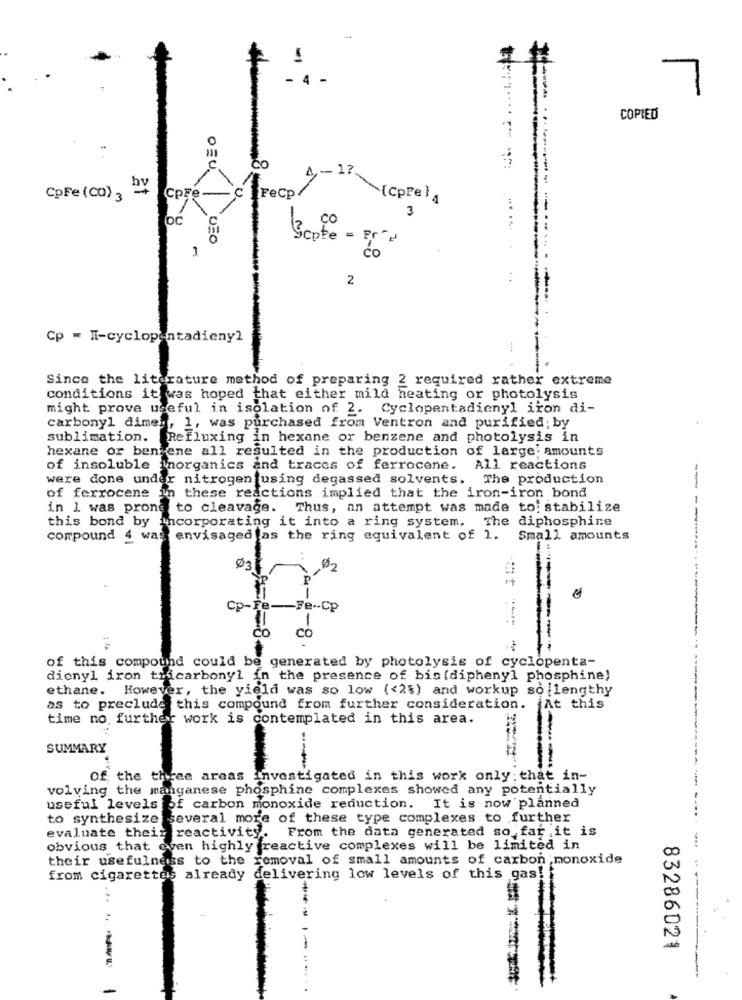
1
COPIED
Co
4 ,- 12.
coFe(Co)3 2
CpFe
CIFeCp
(Cpre )
OC
3
CO
Scote = Frp
1
2
Cp - I-cyclopentadieny2
Since the literature method of preparing 2 required rather extreme
conditions it was hoped that either mild heating or photolysis
might prove useful in isolation of 2. Cyclopentadienyl iron di-
carbonyl dime :, 1, was purchased from Ventron and purified by
sublimation. Refluxing in hexane or benzene and photolysis in
hexane or benkene all resulted in the production of large; amounts
of insoluble Inorganics and traces of ferrocene. All reactions
were done under nitrogen using degassed solvents. The production
of ferrocene in these reactions implied that the iron-iron bond
in I was prone to cleavage. Thus, an attempt was made to: stabilize
this bond by incorporating it into a ring system. The diphosphine
compound 4 was envisaged as the ring equivalent of 1.
Small amounts
Ø3
Ø2
Cp
-Fe -- CP
CO
of this compound could be generated by photolysis of cyclopenta-
dicnyl iron tricarbonyl in the presence of bis (diphenyl phosphine)
ethane. However, the yield was so low (<2$) and workup so lengthy
as to preclude this compound from further consideration. At this
time no further work is contemplated in this area.
SUMMARY
-------------
Of the three areas investigated in this work only; that in-
volving the manganese phosphine complexes showed any potentially
useful levels of carbon monoxide reduction. It is now planned
to synthesize several more of these type complexes to further
evaluate their reactivity.
From the data generated so far ,it is
obvious that even highly freactive complexes will be limited in
their usefulness to the removal of small amounts of carbon monoxide
from cigarettes already delivering low levels of this gas!
83286021
-